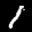
Label: 1